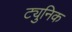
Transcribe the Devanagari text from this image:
ट्युनिक